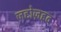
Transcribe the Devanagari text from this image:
ज़द्दोज़हद